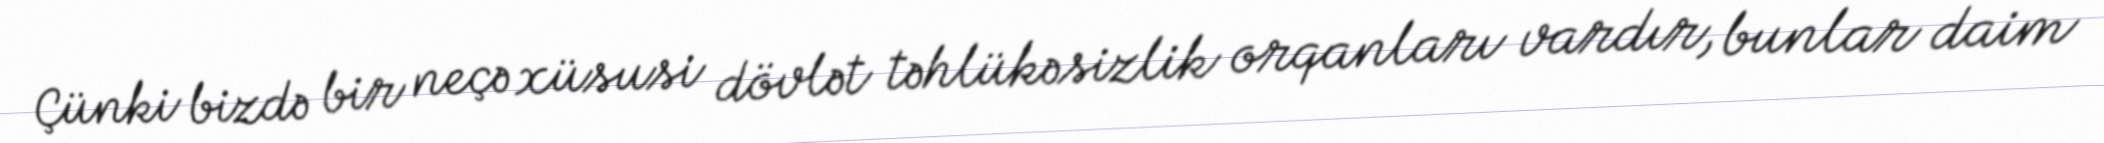
Çünki bizdə bir neçə xüsusi dövlət təhlükəsizlik orqanları vardır, bunlar daim